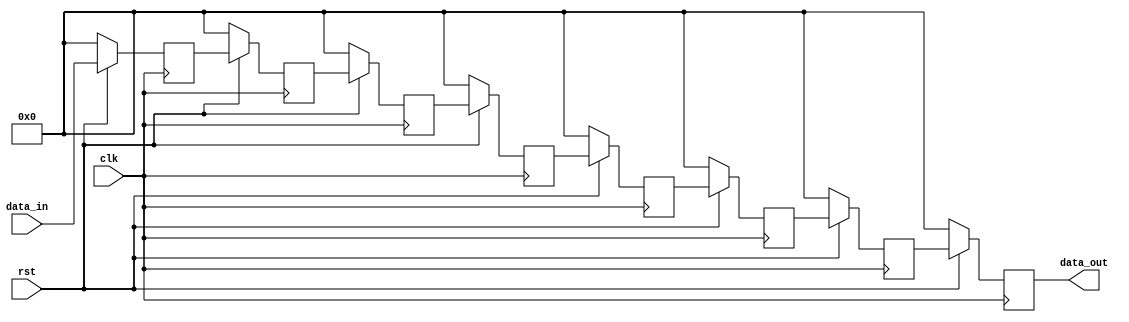
module delay8(
			input clk,
			input rst,
			input [31:0]data_in,
			output reg [31:0]data_out
			);
	
	reg [31:0]tmp1;
	reg [31:0]tmp2;
	reg [31:0]tmp3;
	reg [31:0]tmp4;
	reg [31:0]tmp5;
	reg [31:0]tmp6;
	reg [31:0]tmp7;
	
	always @(posedge clk)
		begin
			if(!rst)
				begin
					data_out <= 32'b0;
					tmp1 <= 32'b0;
					tmp2 <= 32'b0;
					tmp3 <= 32'b0;
					tmp4 <= 32'b0;
					tmp5 <= 32'b0;
					tmp6 <= 32'b0;
					tmp7 <= 32'b0;
				end
			else
				begin
					tmp1 <= data_in;
					tmp2 <= tmp1;
					tmp3 <= tmp2;
					tmp4 <= tmp3;
					tmp5 <= tmp4;
					tmp6 <= tmp5;
					tmp7 <= tmp6;
					data_out <= tmp7;
				end
		end

endmodule